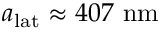
a _ { \mathrm { l a t } } \approx 4 0 7 ~ \mathrm { n m }